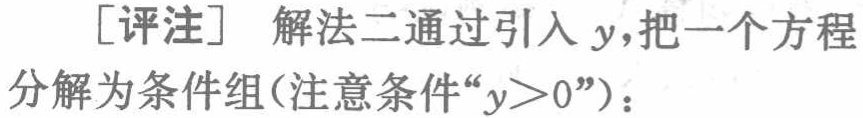
[评注] 解法二通过引入 \(y\)，把一个方程分解为条件组(注意条件“\(y > 0\)”)：